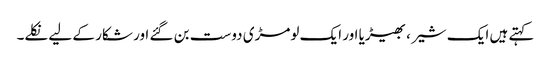
کہتے ہیں ایک شیر ، بھیڑیا اور ایک لومڑی دوست بن گئے اور شکار کے لیے نکلے۔